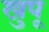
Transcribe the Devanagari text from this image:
खुपू